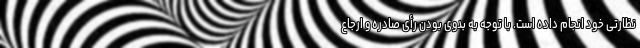
نظارتی خود انجام داده است. با توجه به بدوی بودن رأی صادره و ارجاع